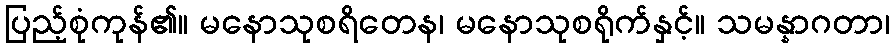
ပြည့်စုံကုန်၏။ မနောသုစရိတေန၊ မနောသုစရိုက်နှင့်။ သမန္နာဂတာ၊